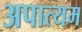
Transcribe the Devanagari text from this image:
अपात्यम